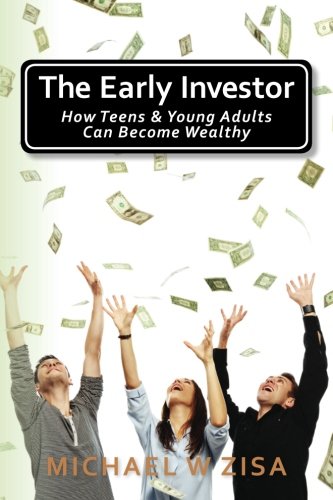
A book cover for The Early Investor: How Teens & Young Adults Can Become Wealthy; Michael W Zisa; Business & Money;